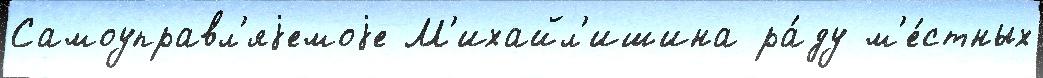
Самоуправл'яjемоjе М'ихайл'ишина ра́ду м'е́стных